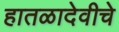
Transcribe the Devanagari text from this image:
हातळादेवीचे